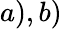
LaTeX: a),b)